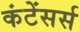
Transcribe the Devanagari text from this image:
कंटेंसर्स